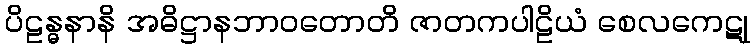
ပိဠန္ဓနာနိ အဓိဋ္ဌာနဘာဝတောတိ ဇာတကပါဠိယံ စေလကေဋု